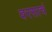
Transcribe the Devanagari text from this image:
वरसाचं